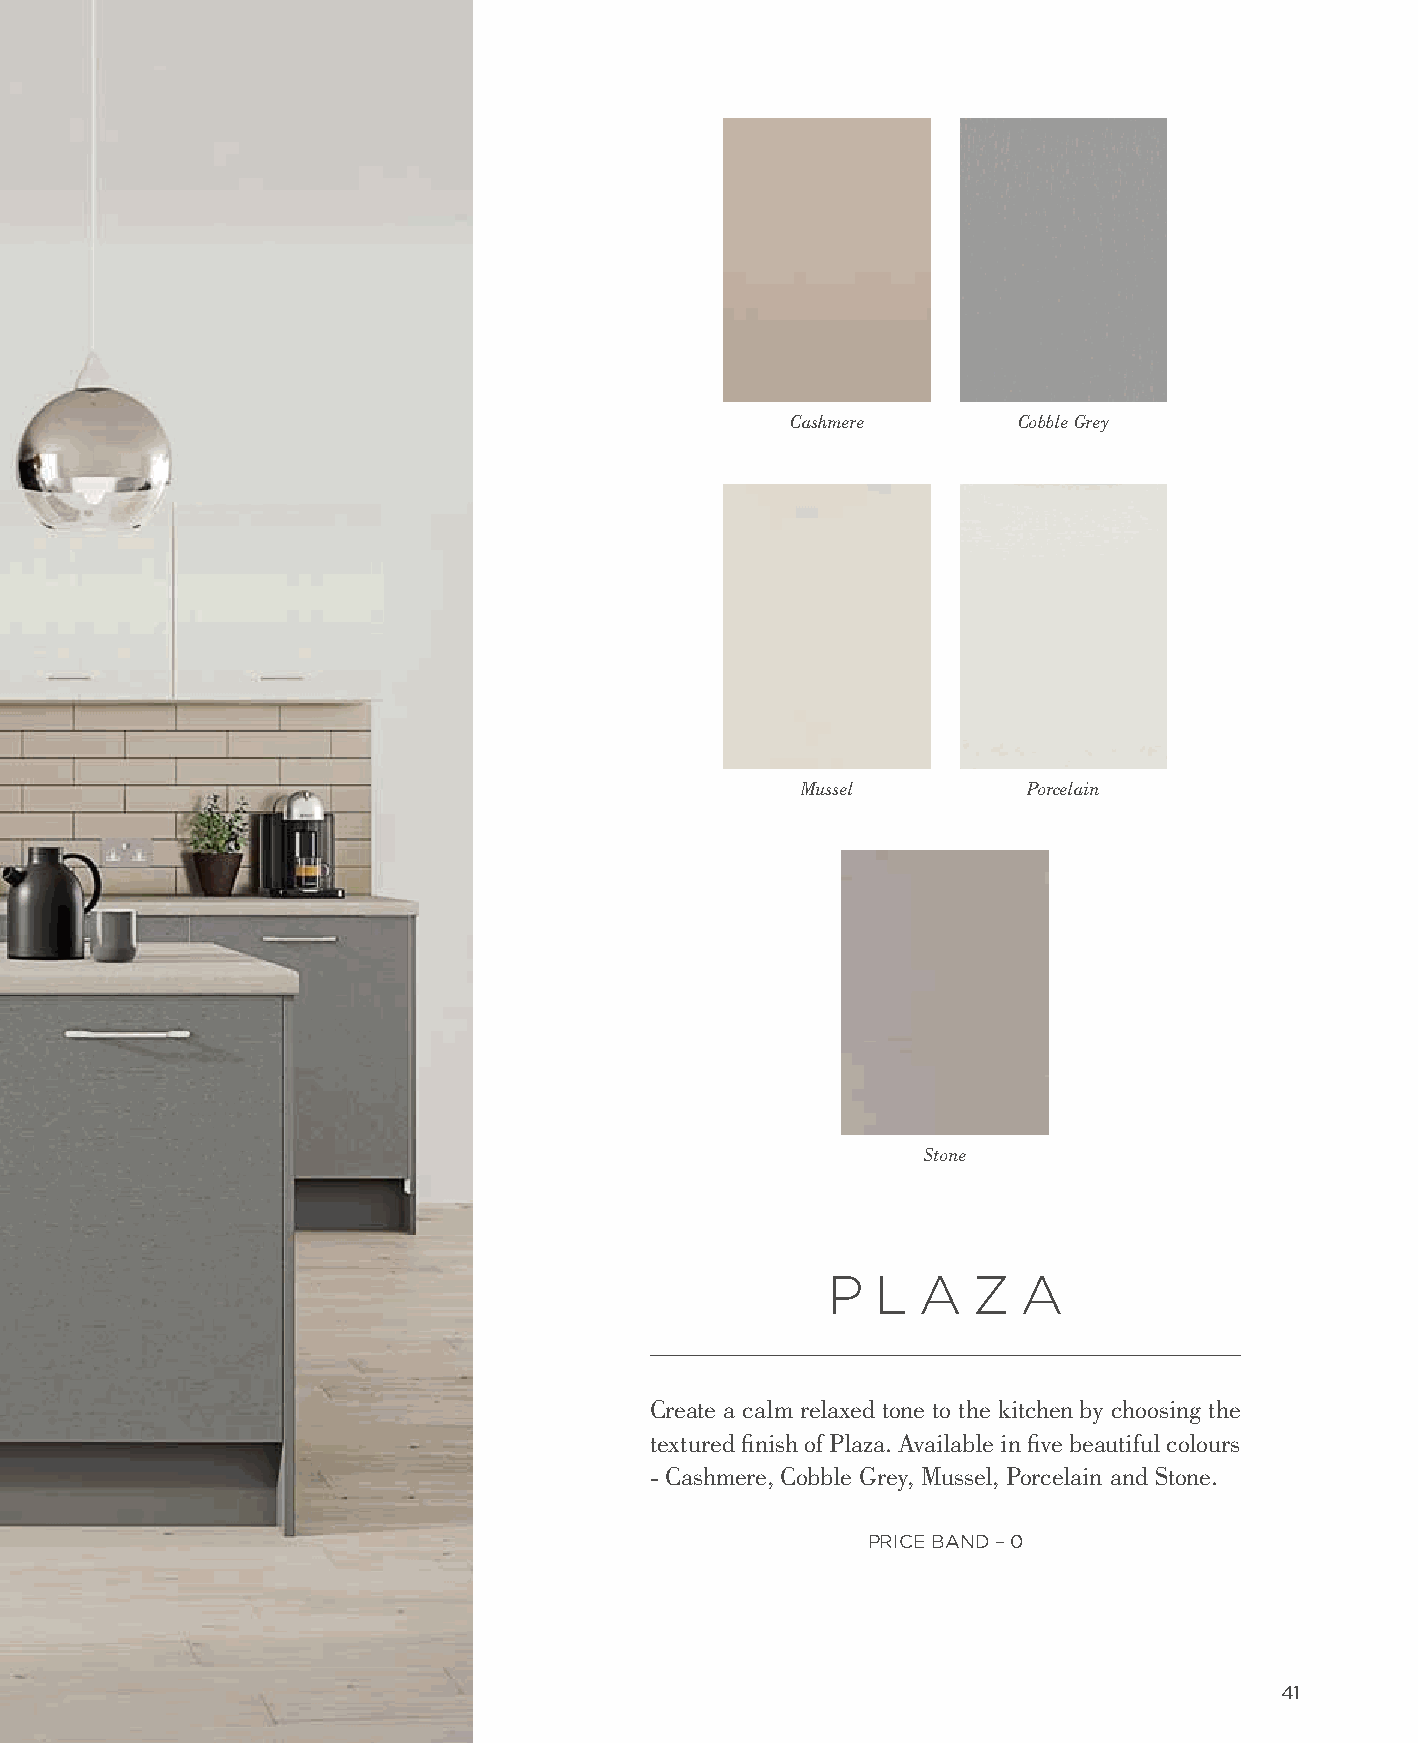
Cashmere       Cobble Grey
 Mussel         Porcelain
 Stone
 P  L  A  Z   A
 Create a calm relaxed tone to the kitchen by choosing the
 textured finish of Plaza. Available in five beautiful colours
 - Cashmere, Cobble Grey, Mussel, Porcelain and Stone.
 PRICE BAND – 0
 41